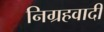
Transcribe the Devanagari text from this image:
निग्रहवादी